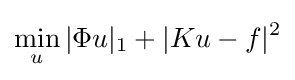
\min _{u}|\Phi u|_{1}+|Ku-f|^{2}